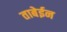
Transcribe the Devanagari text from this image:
ताबेईन